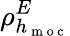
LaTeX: \rho_{h_{\mathrm{~m~o~c~}}}^{E}